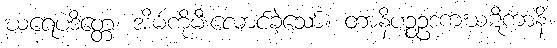
ဃရေပဒိတ္တေ၊ အိမ်ကိုမီးလောင်ခဲ့သော်။ တာနိပဉ္စဥဒကဃဋိကာနိ၊